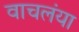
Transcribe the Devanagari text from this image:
वाचलंया